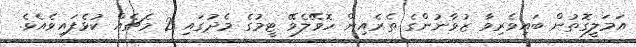
އަމަލީގޮތުން ބައިވެރިވާ ޒުވާނުންގެ ތެރެއިން ހޮވޭލެވޭ ޓީމުގެ މެދުގައި 2 މެޗެއް ކުޅެފައިވެއެވެ.